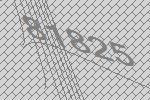
81825